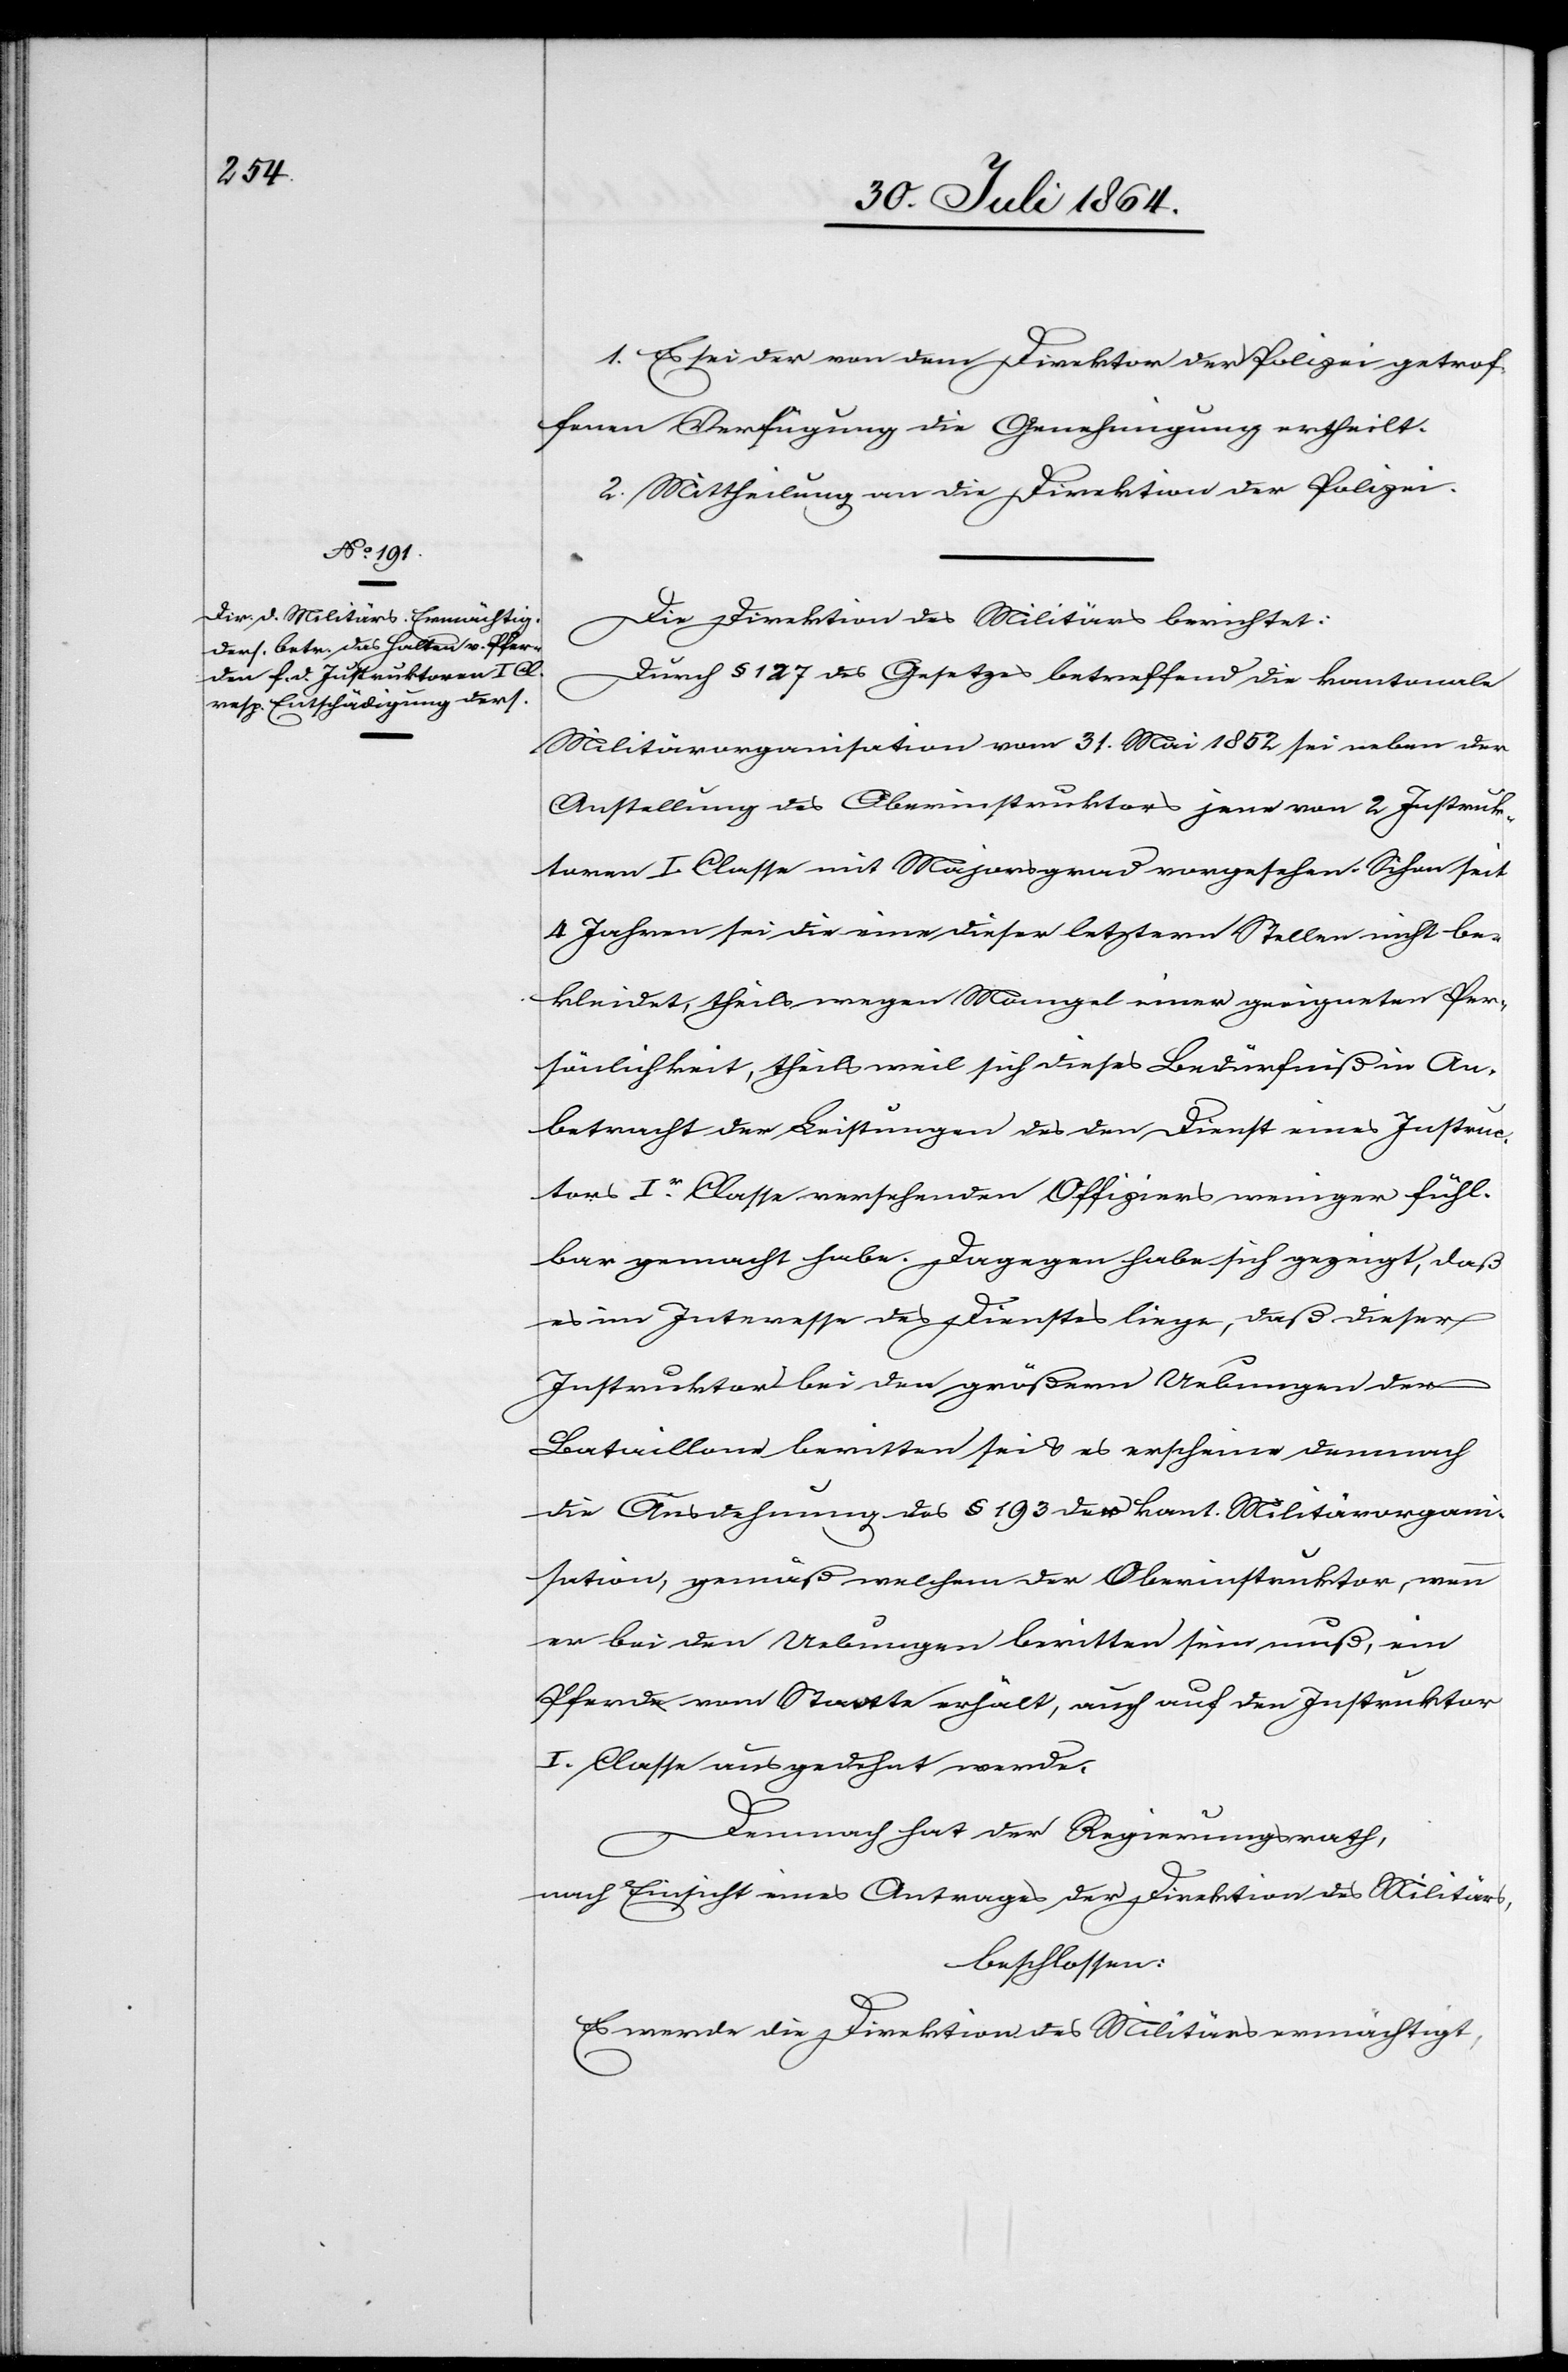
1. Es sei der von dem Direktor der Polizei getrof¬
fenen Verfügung die Genehmigung ertheilt.
2. Mittheilung an die Direktion der Polizei.
Die Direktion des Militärs berichtet:
Durch § 127 des Gesetzes betreffend die kantonale
Militärorganisation vom 31. Mai 1852 sei neben der
Anstellung des Oberinstruktors jene von 2 Instruk¬
toren I. Classe mit Majorsgrad vorgesehen. Schon seit
4 Jahren sei die eine dieser letztern Stellen nicht be¬
kleidet, theils wegen Mangel einer geeigneten Per¬
sönlichkeit, theils weil sich dieses Bedürfniß in An¬
betracht der Leistungen des den Dienst eines Instruc¬
tors I.r Classe versehenden Offiziers weniger fühl¬
bar gemacht habe. Dagegen habe sich gezeigt, daß
es im Interesse des Dienstes liege, daß dieser
Instruktor bei den größern Uebungen der
Bataillone beritten sei & es erscheine demnach
die Ausdehnung des § 193 der kant. Militärorgani¬
sation, gemäß welchem der Oberinstruktor, wenn
er bei den Uebungen beritten sein muß, ein
Pferde vom Staate erhält, auch auf den Instruktor
I. Classe ausgedehnt werde.
Demnach hat der Regierungsrath
nach Einsicht eines Antrages der Direktion des Militärs,
beschlossen:
Es werde die Direktion des Militärs ermächtigt,